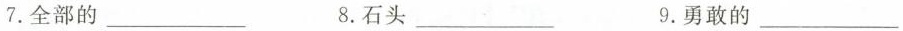
7.全部的___ 8.石头___ 9.勇敢的___